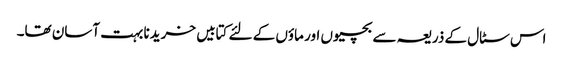
اس سٹال کے ذریعہ سے بچیوں اور ماؤں کے لئے کتابیں خریدنا بہت آسان تھا۔